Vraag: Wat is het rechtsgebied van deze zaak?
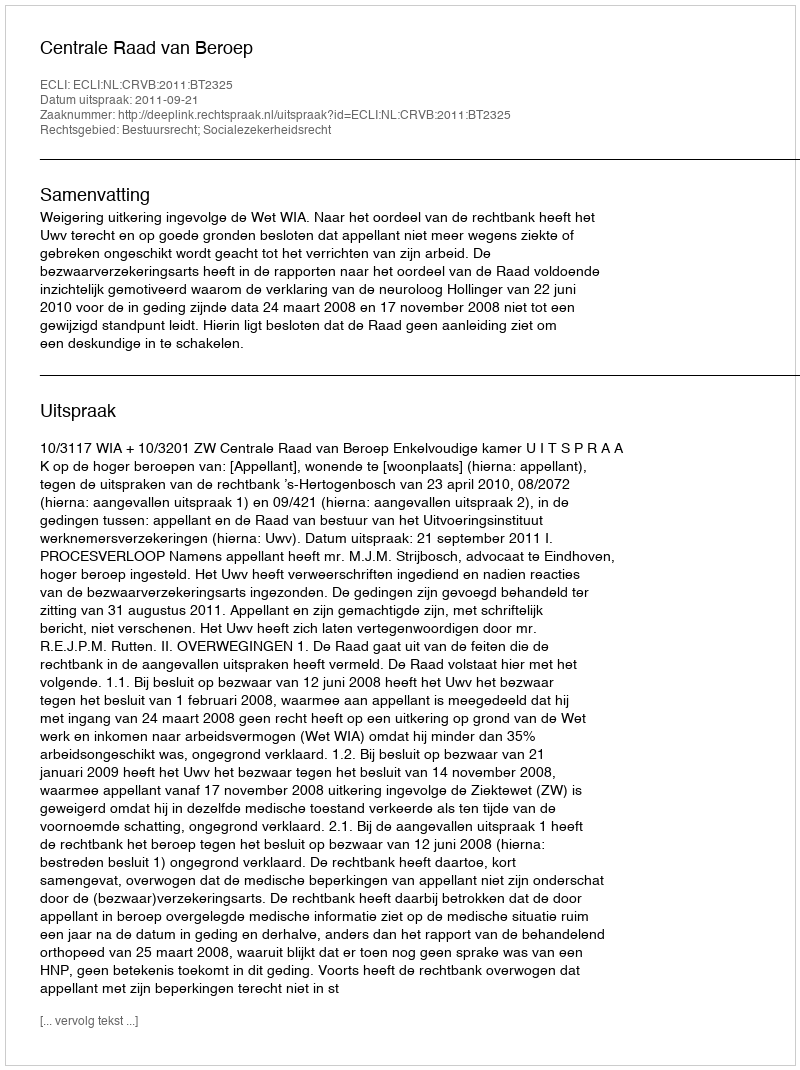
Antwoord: Bestuursrecht; Socialezekerheidsrecht